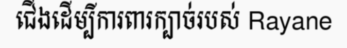
ជើងដើម្បីការពារក្បាច់របស់ Rayane